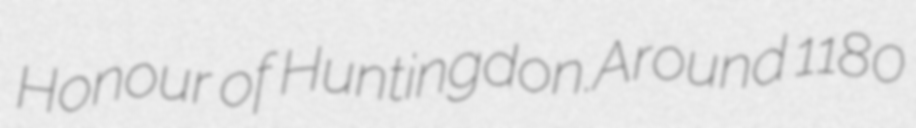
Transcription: Honour of Huntingdon.Around 1180